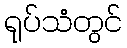
ရုပ်သံတွင်